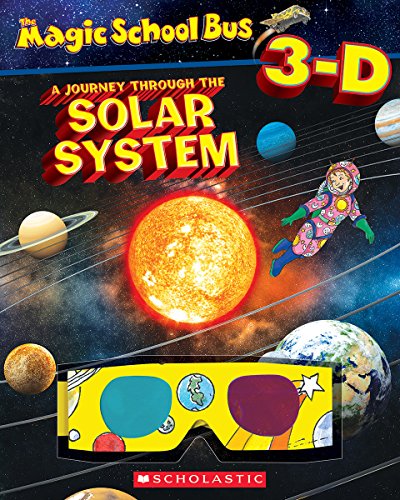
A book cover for Magic School Bus 3-D: Journey Through the Solar System (Scholastic Reader, Level 2); Joanna Cole; Science & Math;